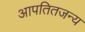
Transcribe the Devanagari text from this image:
आपतितजन्य